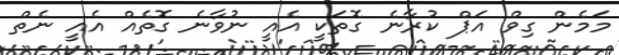
މަމެން ގިވް އަޕް ކުރާނެ ގޮތަކީ އެއީ ނުވާނެ ގޮތެއް އެއީ ނެތް